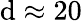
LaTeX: \mathrm{d}\approx20